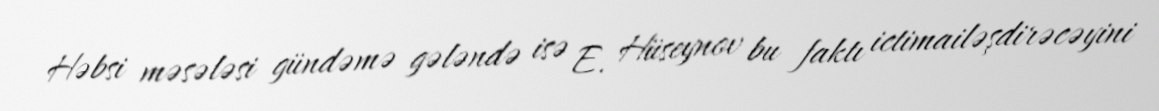
Həbsi məsələsi gündəmə gələndə isə E. Hüseynov bu faktı ictimailəşdirəcəyini